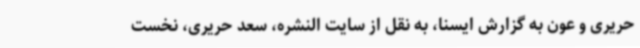
حریری و عون به گزارش ایسنا، به نقل از سایت النشره، سعد حریری، نخست